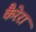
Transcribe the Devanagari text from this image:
कैरेरा